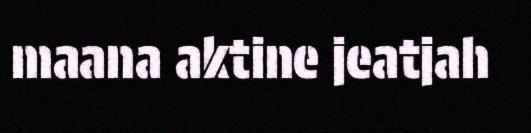
maana aktine jeatjah